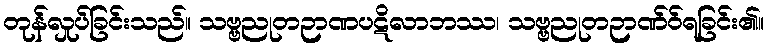
တုန်လှုပ်ခြင်းသည်။ သဗ္ဗညုတဉာဏပဋိလာဘဿ၊ သဗ္ဗညုတဉာဏ်ဝ်ရခြင်း၏။